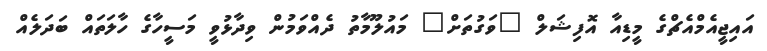
އައިޖީއެމްއެޗްގެ މީޑިއާ އޮފިޝަލް "ވަގުތަށް" މައުލޫމާތު ދެއްވަމުން ވިދާޅުވީ މަސީހާގެ ހާލަތައް ބަދަލެއް